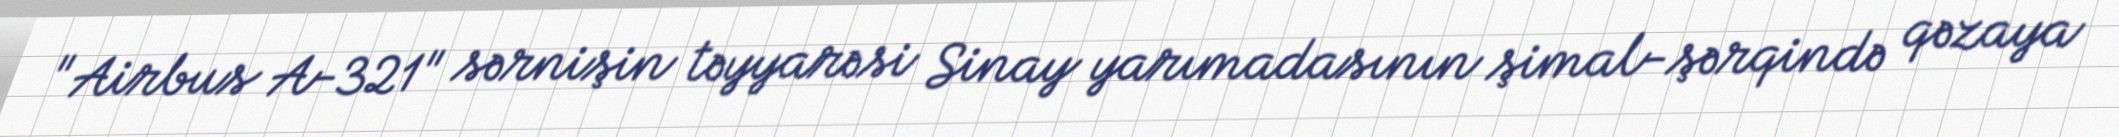
"Airbus A-321" sərnişin təyyarəsi Sinay yarımadasının şimal-şərqində qəzaya